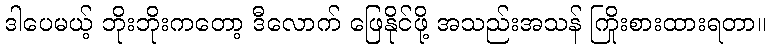
ဒါပေမယ့် ဘိုးဘိုးကတော့ ဒီလောက် ဖြေနိုင်ဖို့ အသည်းအသန် ကြိုးစားထားရတာ။